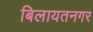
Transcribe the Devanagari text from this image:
बिलायतनगर